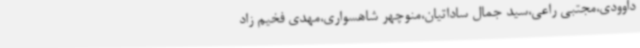
داوودی،مجتبی راعی،سید جمال ساداتیان،منوچهر شاهسواری،مهدی فخیم زاد